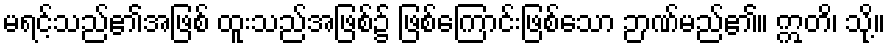
မရင့်သည်၏အဖြစ် ထူးသည်အဖြစ်၌ ဖြစ်ကြောင်းဖြစ်သော ဉာဏ်မည်၏။ ဣတိ၊ သို့။